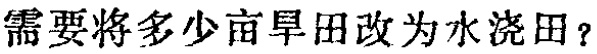
需要将多少亩旱田改为水浇田？